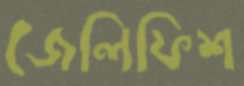
জেলিফিশ